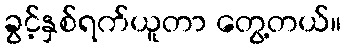
ခွင့်နှစ်ရက်ယူတာ တွေ့တယ်။